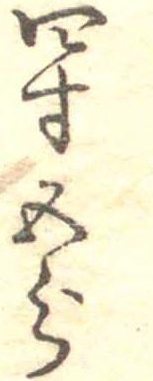
四寸五分